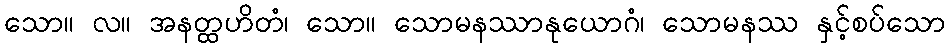
သော။ လ။ အနတ္ထဟိတံ၊ သော။ သောမနဿာနုယောဂံ၊ သောမနဿ နှင့်စပ်သော